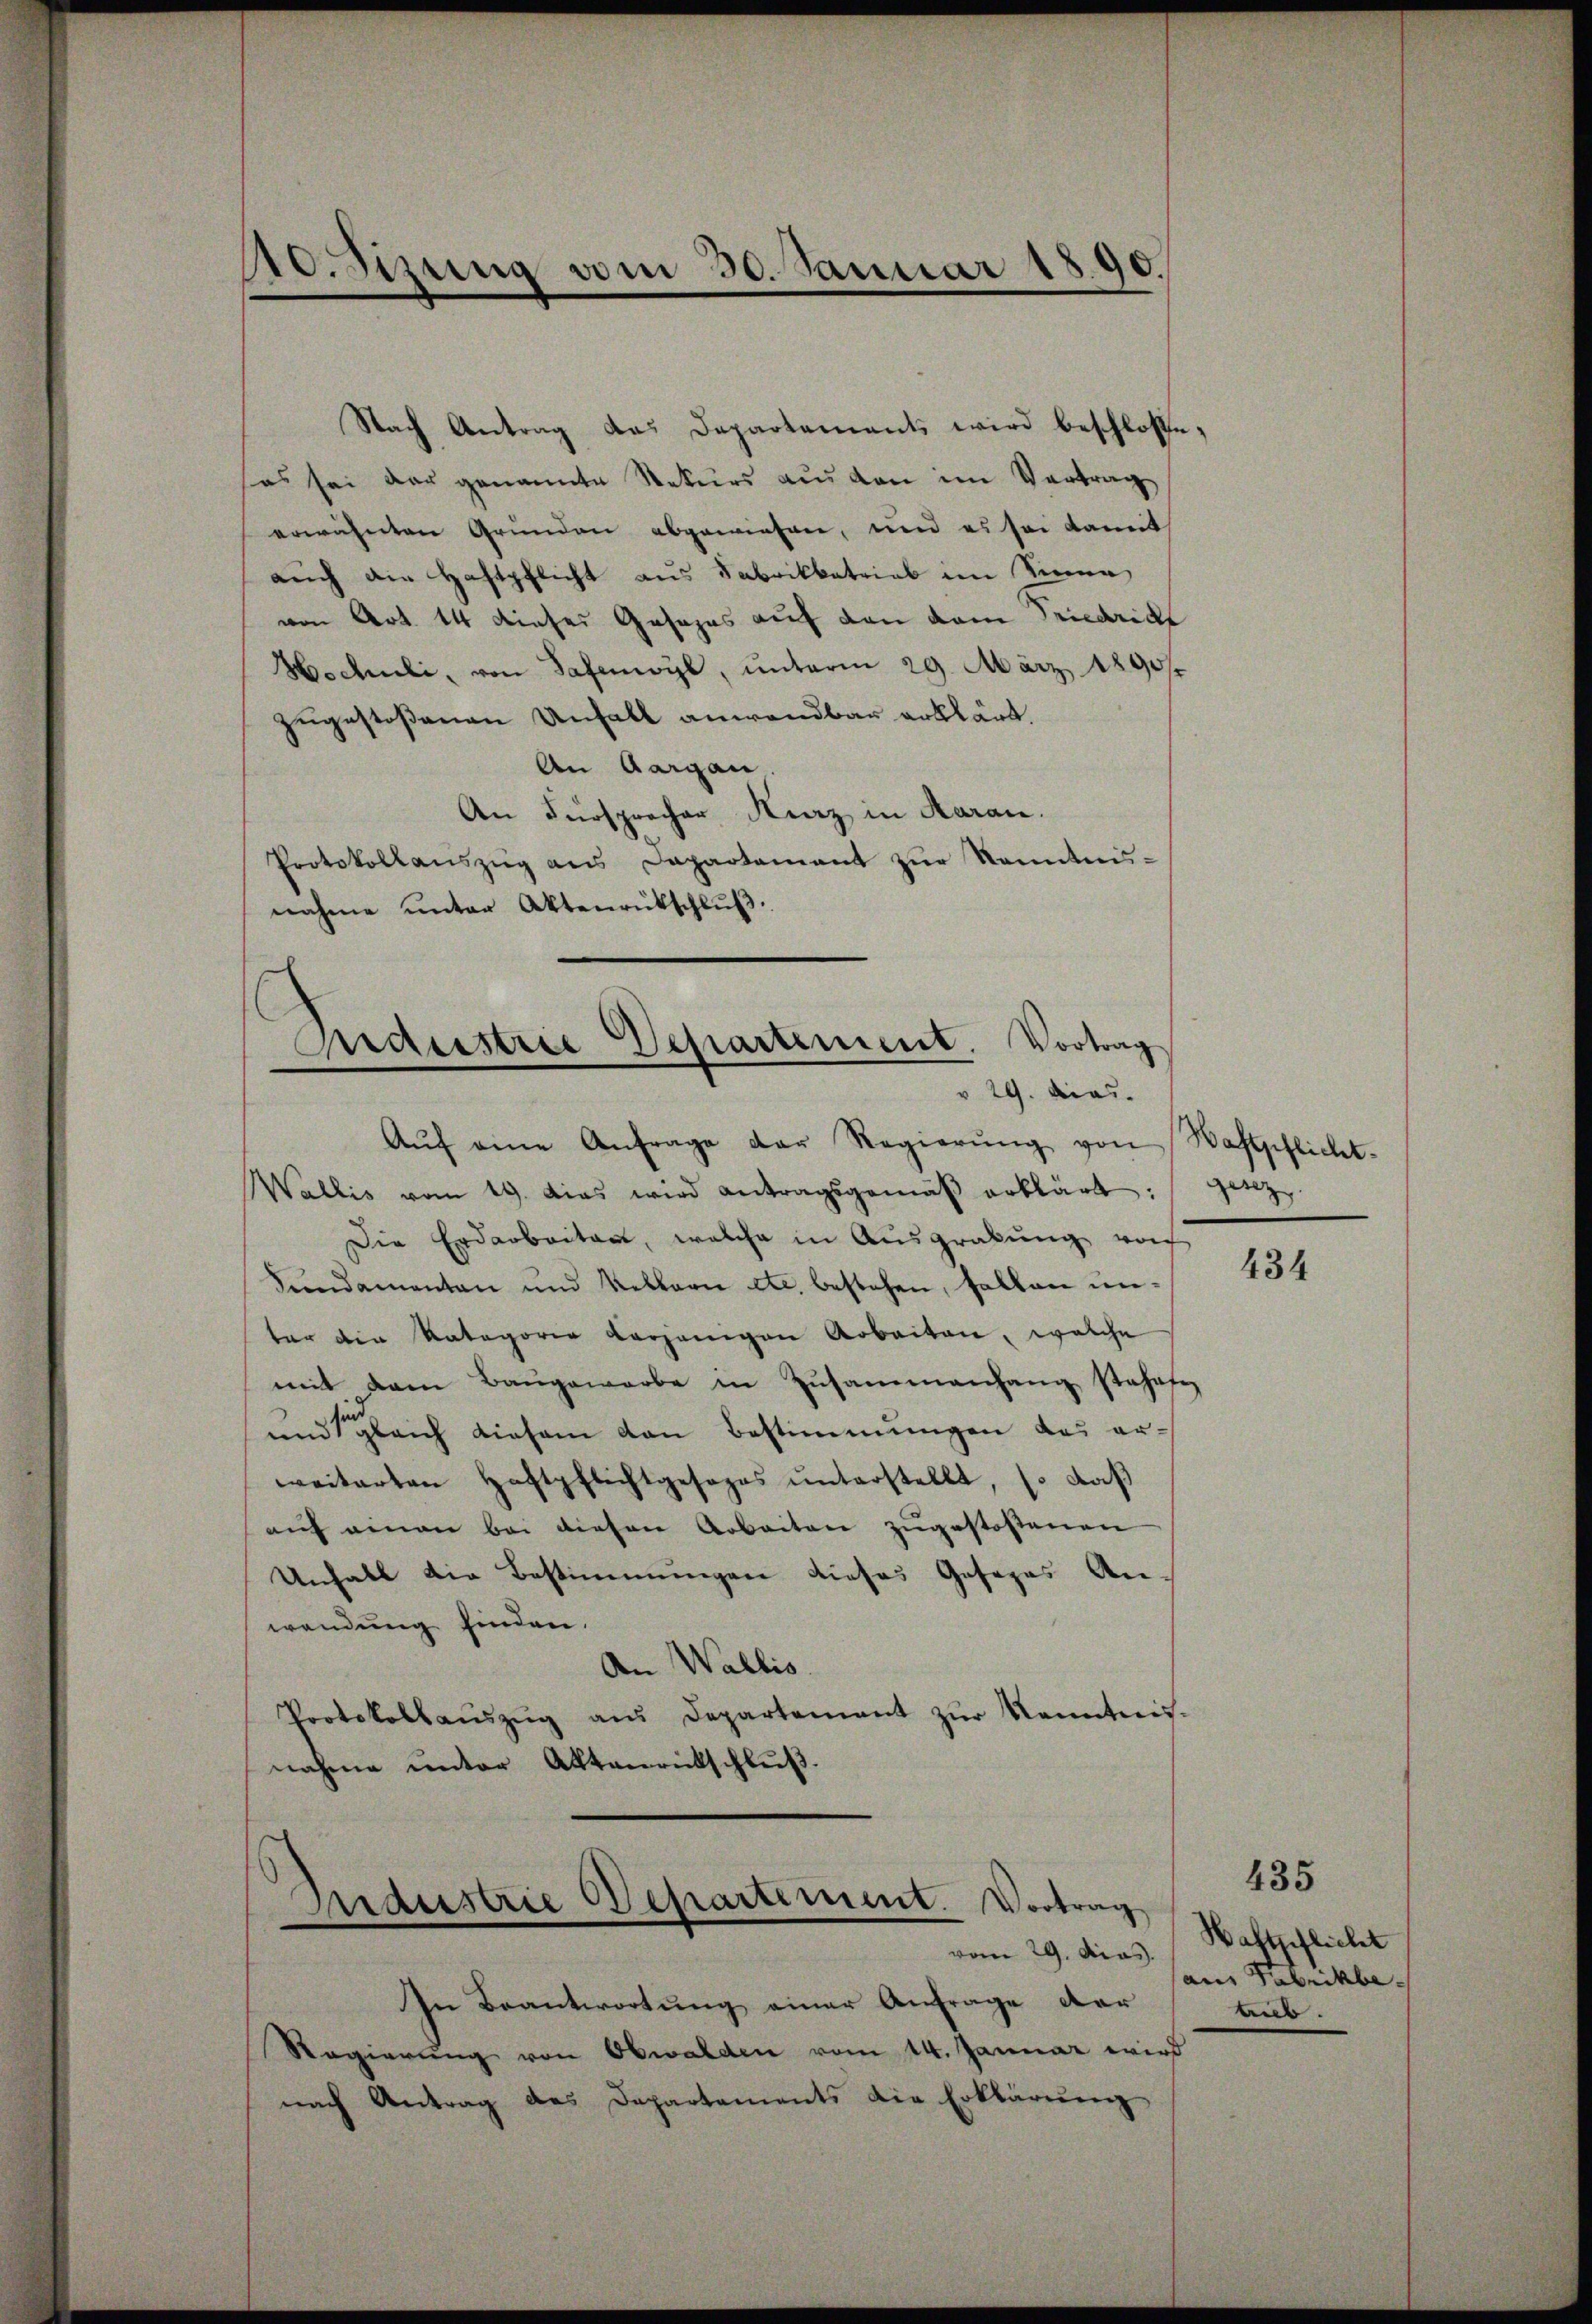
10. Sizung vom 30. Januar 1890.

Nach Antrag das Departements wird beschlosse,
sas sei der genannte Rekurs aus von im Vertrag
erwähnten Grunden abgewiesen, und es sei damit
auch die Haftpflicht aus Fabrikbetrieb im Sinne
von Art. 14 dieser Gasans auf den vom Friedricht
Wechsli, von Safenwyl, unterm 29. März 1890.
zugestoßenen Unfall anwendbar erklärt.
An Aargau
An Fürsprecher Kurz in daran.
Protokollanszŭg ans Departamant zŭr Kenntnis-
nahme unter Aktenrütschluß.

Kraustrie Departement. Vortrag
v 29. Acad.

Aŭf eine Anfrage der Regierŭng von
Wallis vom 19. Das wird antragsgemäβ erklärt:
Die Erdarbeiten, welche in Ausgrabung von
Sundamenten und Rellari etc. bestehen, fallen unter die Kategorie vorjenigen Arbeiten, welche
mit dem Bangewarbe in Zŭsammenhang stehe
und gleich diesem von Bestimmungen das erweiterten Haftpflichtgesezes ŭnterstellt, s. daβ
aŭf einen bei diesen Arbeiten zŭgestoßenen
Unfall die Bestimmungen dieses Gesezes An-
wendung finden.
An Wallis.
Protokollaŭszŭg aŭs Departement zŭr Kenntnis-
nahme unter Aktenrütschlŭβ

Industrie Departement. Vortrag
vom 29. das.

In Beantwortung einer Anfrage dar
Regierung von Obwalden vom 14. Januar wird
nach Antrag des Departements die Erklärŭng

Waftpflicht.
gesez

434

435
Haftpflicht
aus Fabrikbe
teeb.